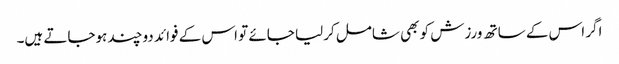
اگر اس کے ساتھ ورزش کو بھی شامل کرلیا جائے تو اس کے فوائد دوچند ہوجاتے ہیں۔